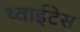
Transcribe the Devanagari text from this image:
थ्वाईटेस